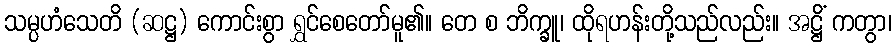
သမ္ပဟံသေတိ (ဆဋ္ဌ) ကောင်းစွာ ရွှင်စေတော်မူ၏။ တေ စ ဘိက္ခူ၊ ထိုရဟန်းတို့သည်လည်း။ အဋ္ဌိံ ကတွာ၊